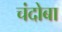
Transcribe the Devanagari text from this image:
चंदोबा